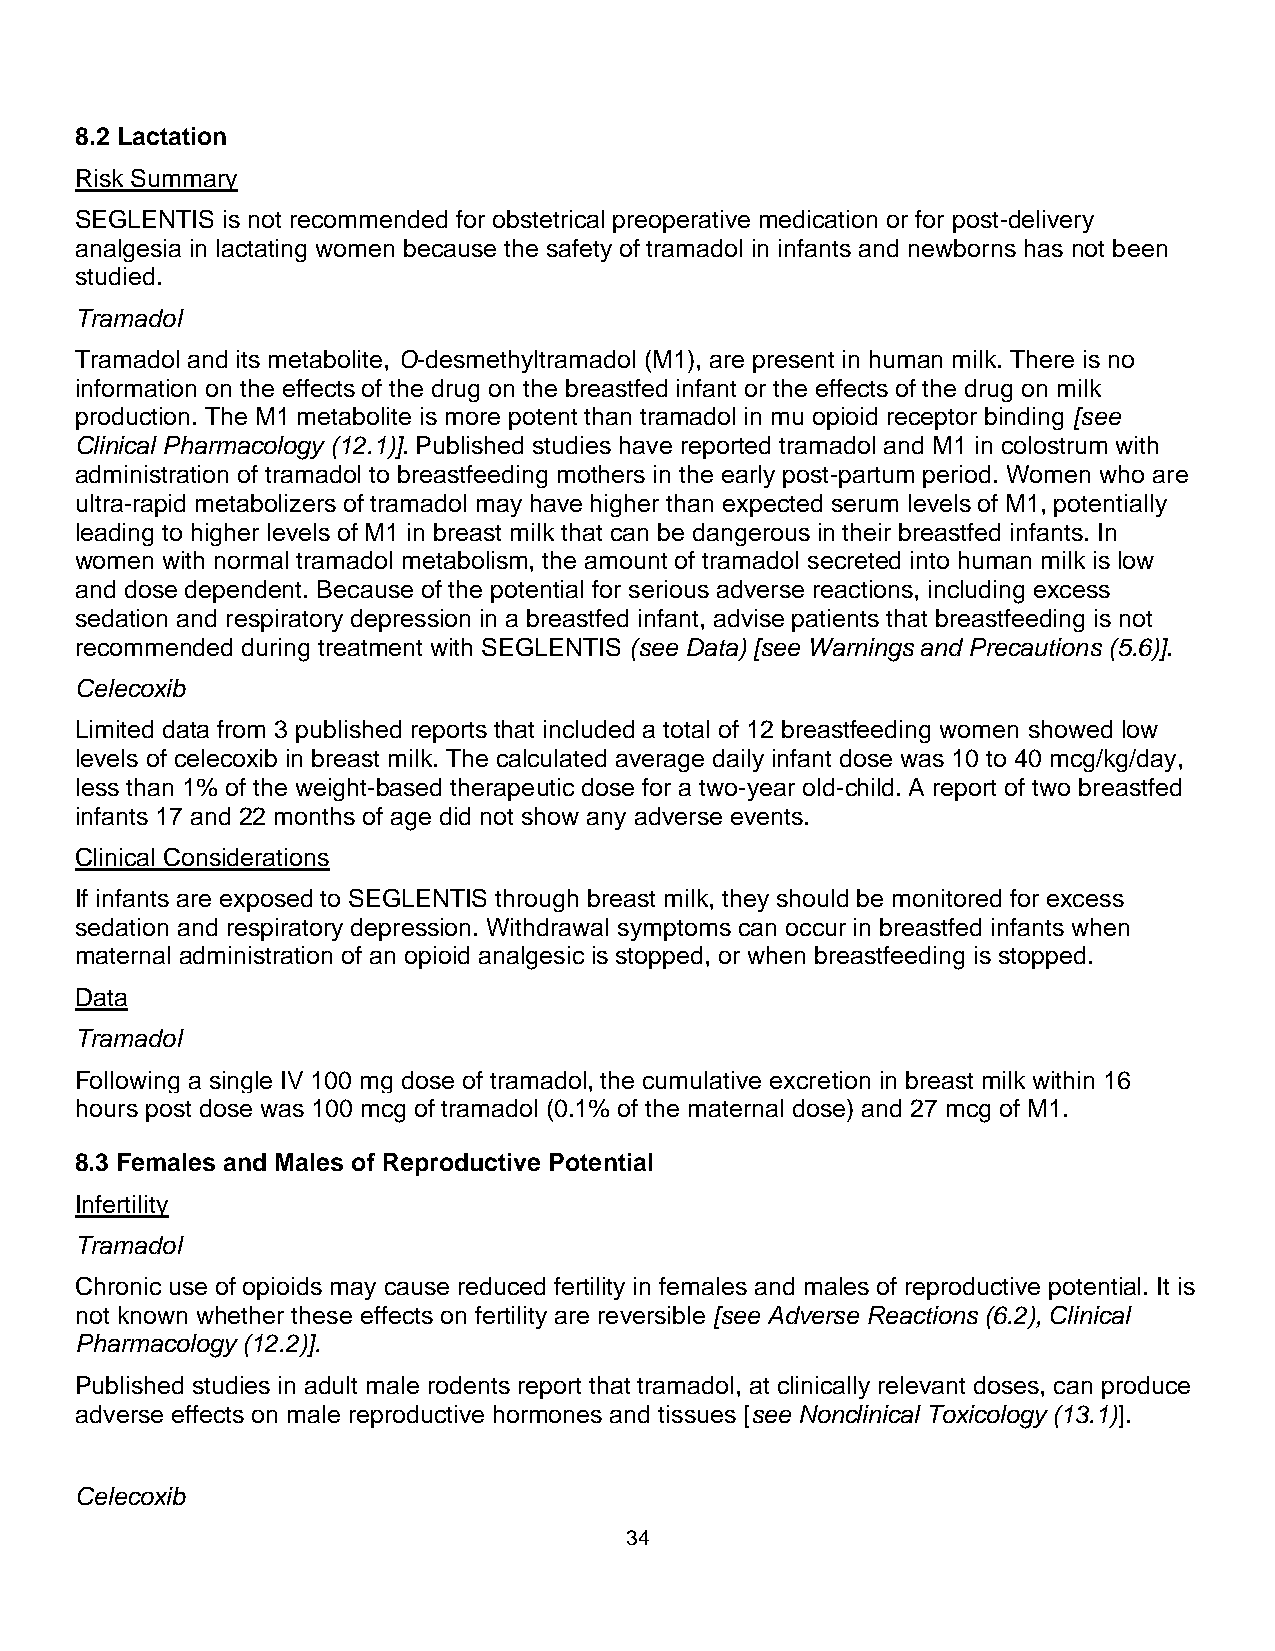
8.2 Lactation
 Risk Summary
 SEGLENTIS is not recommended for obstetrical preoperative medication or for post-delivery
 analgesia in lactating women because the safety of tramadol in infants and newborns has not been
 studied.
 Tramadol
 Tramadol and its metabolite, O-desmethyltramadol (M1), are present in human milk. There is no
 information on the effects of the drug on the breastfed infant or the effects of the drug on milk
 production. The M1 metabolite is more potent than tramadol in mu opioid receptor binding [see
 Clinical Pharmacology (12.1)]. Published studies have reported tramadol and M1 in colostrum with
 administration of tramadol to breastfeeding mothers in the early post-partum period. Women who are
 ultra-rapid metabolizers of tramadol may have higher than expected serum levels of M1, potentially
 leading to higher levels of M1 in breast milk that can be dangerous in their breastfed infants. In
 women with normal tramadol metabolism, the amount of tramadol secreted into human milk is low
 and dose dependent. Because of the potential for serious adverse reactions, including excess
 sedation and respiratory depression in a breastfed infant, advise patients that breastfeeding is not
 recommended during treatment with SEGLENTIS (see Data) [see Warnings and Precautions (5.6)].
 Celecoxib
 Limited data from 3 published reports that included a total of 12 breastfeeding women showed low
 levels of celecoxib in breast milk. The calculated average daily infant dose was 10 to 40 mcg/kg/day,
 less than 1% of the weight-based therapeutic dose for a two-year old-child. A report of two breastfed
 infants 17 and 22 months of age did not show any adverse events.
 Clinical Considerations
 If infants are exposed to SEGLENTIS through breast milk, they should be monitored for excess
 sedation and respiratory depression. Withdrawal symptoms can occur in breastfed infants when
 maternal administration of an opioid analgesic is stopped, or when breastfeeding is stopped.
 Data
 Tramadol
 Following a single IV 100 mg dose of tramadol, the cumulative excretion in breast milk within 16
 hours post dose was 100 mcg of tramadol (0.1% of the maternal dose) and 27 mcg of M1.
 8.3 Females and Males of Reproductive Potential
 Infertility
 Tramadol
 Chronic use of opioids may cause reduced fertility in females and males of reproductive potential. It is
 not known whether these effects on fertility are reversible [see Adverse Reactions (6.2), Clinical
 Pharmacology (12.2)].
 Published studies in adult male rodents report that tramadol, at clinically relevant doses, can produce
 adverse effects on male reproductive hormones and tissues [see Nonclinical Toxicology (13.1)].
 Celecoxib
 34